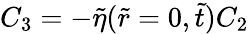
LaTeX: C_{3}=-\tilde{\eta}(\tilde{r}=0,\tilde{t})C_{2}